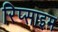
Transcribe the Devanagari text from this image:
रिप्साइम